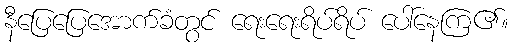
နီပြေပြေအောက်ခံတွင် ရေးရေးရိပ်ရိပ် ပေါ်နေကြ၏။